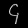
Digit: ၄